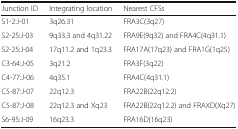
<table><thead><tr><td><b>Junction ID</b></td><td><b>Integrating location</b></td><td><b>Nearest CFSs</b></td></tr></thead><tbody><tr><td>S1-2:J-01</td><td>3q26.31</td><td>FRA3C(3q27)</td></tr><tr><td>S2-25:J-03</td><td>9q33.3 and 4q31.22</td><td>FRA9E(9q32) and FRA4C(4q31.1)</td></tr><tr><td>S2-25:J-04</td><td>17q11.2 and 1q23.3</td><td>FRA17A(17q23) and FRA1G(1q25)</td></tr><tr><td>C3-64:J-05</td><td>3q21.2</td><td>FRA3F(3q22)</td></tr><tr><td>C4-77:J-06</td><td>4q35.1</td><td>FRA4C(4q31.1)</td></tr><tr><td>C5-87:J-07</td><td>22q12.3</td><td>FRA22B(22q12.2)</td></tr><tr><td>C5-87:J-08</td><td>22q12.3 and Xq23</td><td>FRA22B(22q12.2) and FRAXD(Xq27)</td></tr><tr><td>S6-95:J-09</td><td>16q23.3</td><td>FRA16D(16q23)</td></tr></tbody></table>